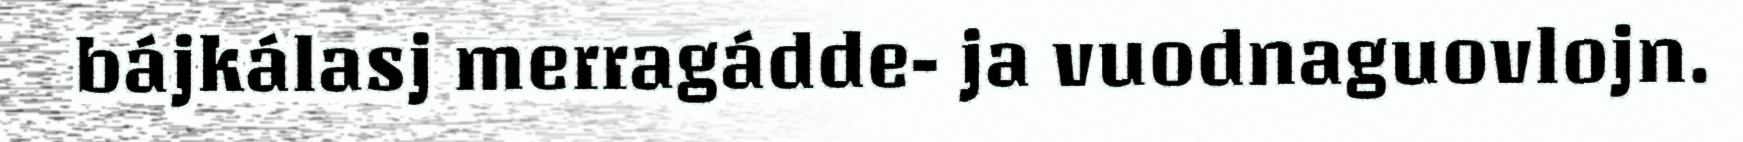
bájkálasj merragádde- ja vuodnaguovlojn.